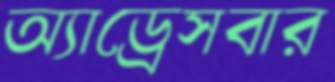
অ্যাড্রেসবার